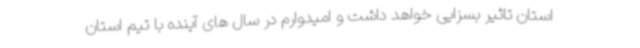
استان تاثیر بسزایی خواهد داشت و امیدوارم در سال های آینده با تیم استان